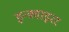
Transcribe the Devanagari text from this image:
इन्क्वाइरर